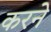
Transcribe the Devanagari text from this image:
करनेे